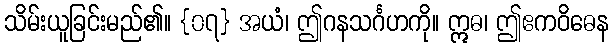
သိမ်းယူခြင်းမည်၏။ {၀၇} အယံ၊ ဤဂနသင်္ဂဟကို။ ဣဓ၊ ဤဧကဝိဓေန